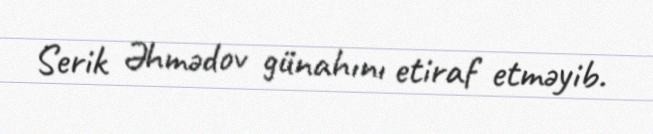
Serik Əhmədov günahını etiraf etməyib.